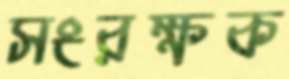
সংরক্ষক